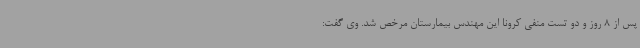
پس از 8 روز و دو تست منفی کرونا این مهندس بیمارستان مرخص شد. وی گفت: